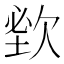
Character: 𣣑